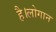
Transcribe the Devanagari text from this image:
है।लोगान